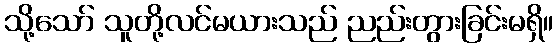
သို့သော် သူတို့လင်မယားသည် ညည်းတွားခြင်းမရှိ။